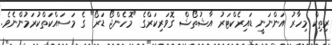
ރިތިކް މިހާރު އަންނަނީ ޑައިރެކްޓަރު އާޝުތޯޝް ގޮވަރިކަރްގެ "މޮހެންޖޯ ޑަރޯ" ގެ މަސައްކަތްކުރަމުންނެވެ.